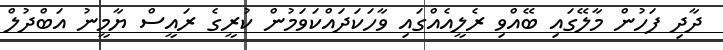
ދާދި ފަހުން މާލޭގައި ބޭއްވި ރެލީއެއްގައި ވާހަކަދައްކަވަމުން ކުރީގެ ރައީސް ޔާމީނު އަބްދުލް